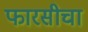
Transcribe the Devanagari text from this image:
फारसीचा